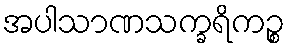
အပါသာဏသက္ခရိကဉ္စ